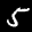
Label: 5